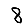
Digit: 8